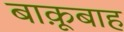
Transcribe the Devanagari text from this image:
बाक़ूबाह